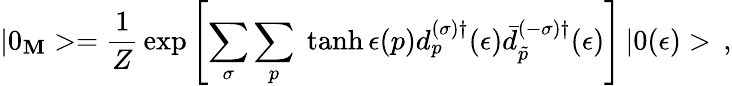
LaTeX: |0_{\mathbf{M}}>=\frac{{1}}{{Z}}\, \exp\left[{\sum_{\sigma}\sum_{p}\; \operatorname{tanh}\epsilon(p)d_{p}^{(\sigma)\dagger}(\epsilon)\bar{{d}}_{\tilde{{p}}}^{(-\sigma)\dagger}}(\epsilon)\right]\, |0(\epsilon)>\, {,}